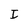
Character: I